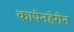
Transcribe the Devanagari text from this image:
कापेनहेगेन